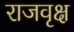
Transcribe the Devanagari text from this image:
राजवृक्ष